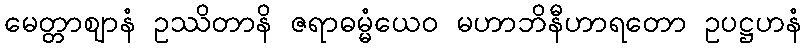
မေတ္တာဈာနံ ဥဿိတာနိ ဇရာဓမ္မံယေဝ မဟာဘိနီဟာရတော ဥပဋ္ဌဟနံ